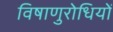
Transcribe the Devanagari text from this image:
विषाणुरोधियों